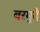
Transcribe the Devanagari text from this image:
बरमुदै